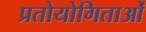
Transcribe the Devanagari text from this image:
प्रतोयोगिताओं